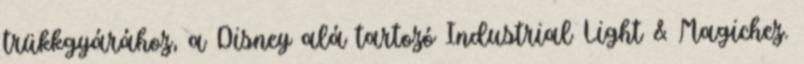
trükkgyárához, a Disney alá tartozó Industrial Light & Magichez.